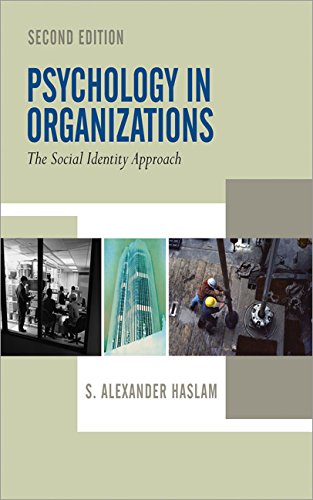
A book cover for Psychology in Organizations; S Alexander Haslam; Health, Fitness & Dieting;